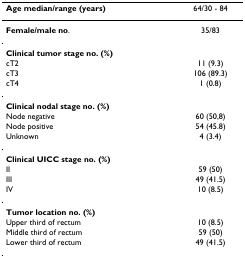
| Age median/range (years) | 64/30 - 84 |
 | --- | --- |
 | Female/male no. | 35/83 |
 | Clinical tumor stage no. (%) |  |
 | cT2 | 11 (9.3) |
 | cT3 | 106 (89.3) |
 | cT4 | 1 (0.8) |
 | Clinical nodal stage no. (%) |  |
 | Node negative | 60 (50,8) |
 | Node positive | 54 (45.8) |
 | Unknown | 4 (3.4) |
 | Clinical UICC stage no. (%) |  |
 | II | 59 (50) |
 | III | 49 (41.5) |
 | IV | 10 (8.5) |
 | Tumor location no. (%) |  |
 | Upper third of rectum | 10 (8.5) |
 | Middle third of rectum | 59 (50) |
 | Lower third of rectum | 49 (41.5) |